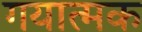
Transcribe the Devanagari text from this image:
गयात्मक